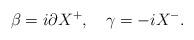
LaTeX: \begin{align*}\beta=i\partial X^{+},\quad \gamma=-i X^{-}.\end{align*}